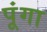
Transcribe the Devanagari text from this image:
पूंगा